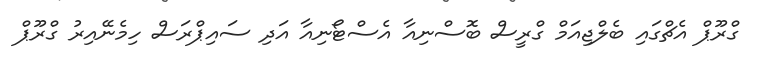
ގްރޫޕް އެޗްގައި ބެލްޖިއަމް ގްރީސް ބޮސްނިއާ އެސްޓޯނިއާ އަދި ސައިޕްރަސް ހިމެނޭއިރު ގްރޫޕް